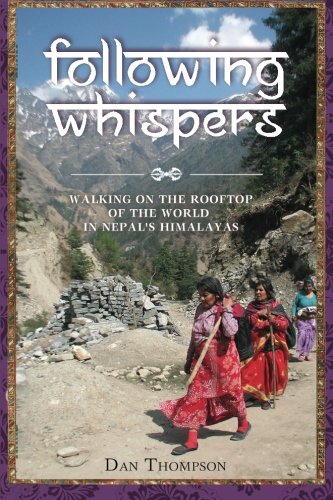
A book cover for Following Whispers: Walking on the Rooftop of the World in Nepal's Himalayas; Dan Thompson; Travel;